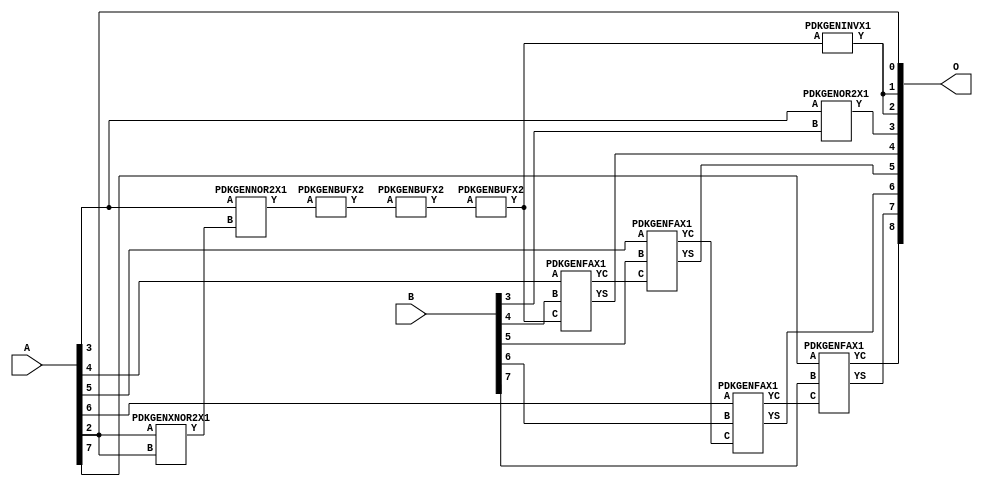
/***
* This code is a part of EvoApproxLib library (ehw.fit.vutbr.cz/approxlib) distributed under The MIT License.
* When used, please cite the following article(s): V. Mrazek, R. Hrbacek, Z. Vasicek and L. Sekanina, "EvoApprox8b: Library of approximate adders and multipliers for circuit design and benchmarking of approximation methods". Design, Automation & Test in Europe Conference & Exhibition (DATE), 2017, Lausanne, 2017, pp. 258-261. doi: 10.23919/DATE.2017.7926993 
* This file contains a circuit from a sub-set of pareto optimal circuits with respect to the pwr and mre parameters
***/
// MAE% = 0.78 %
// MAE = 4.0 
// WCE% = 2.93 %
// WCE = 15 
// WCRE% = 500.00 %
// EP% = 90.62 %
// MRE% = 2.08 %
// MSE = 27 
// PDK45_PWR = 0.014 mW
// PDK45_AREA = 37.1 um2
// PDK45_DELAY = 0.31 ns


module add8u_5G5(A, B, O);
  input [7:0] A;
  input [7:0] B;
  output [8:0] O;
  wire [2031:0] N;
  assign N[0] = A[0];
  assign N[1] = A[0];
  assign N[2] = A[1];
  assign N[3] = A[1];
  assign N[4] = A[2];
  assign N[5] = A[2];
  assign N[6] = A[3];
  assign N[7] = A[3];
  assign N[8] = A[4];
  assign N[9] = A[4];
  assign N[10] = A[5];
  assign N[11] = A[5];
  assign N[12] = A[6];
  assign N[13] = A[6];
  assign N[14] = A[7];
  assign N[15] = A[7];
  assign N[16] = B[0];
  assign N[17] = B[0];
  assign N[18] = B[1];
  assign N[19] = B[1];
  assign N[20] = B[2];
  assign N[21] = B[2];
  assign N[22] = B[3];
  assign N[23] = B[3];
  assign N[24] = B[4];
  assign N[25] = B[4];
  assign N[26] = B[5];
  assign N[27] = B[5];
  assign N[28] = B[6];
  assign N[29] = B[6];
  assign N[30] = B[7];
  assign N[31] = B[7];
  PDKGENXNOR2X1 n36(.A(N[4]), .B(N[4]), .Y(N[36]));
  PDKGENNOR2X1 n52(.A(N[6]), .B(N[36]), .Y(N[52]));
  PDKGENBUFX2 n66(.A(N[52]), .Y(N[66]));
  PDKGENBUFX2 n74(.A(N[66]), .Y(N[74]));
  assign N[75] = N[74];
  PDKGENBUFX2 n78(.A(N[75]), .Y(N[78]));
  assign N[79] = N[78];
  PDKGENINVX1 n126(.A(N[79]), .Y(N[126]));
  assign N[127] = N[126];
  PDKGENOR2X1 n182(.A(N[6]), .B(N[22]), .Y(N[182]));
  assign N[183] = N[182];
  PDKGENFAX1 n232(.A(N[8]), .B(N[24]), .C(N[78]), .YS(N[232]), .YC(N[233]));
  PDKGENFAX1 n282(.A(N[10]), .B(N[26]), .C(N[233]), .YS(N[282]), .YC(N[283]));
  PDKGENFAX1 n332(.A(N[12]), .B(N[28]), .C(N[283]), .YS(N[332]), .YC(N[333]));
  PDKGENFAX1 n382(.A(N[14]), .B(N[30]), .C(N[333]), .YS(N[382]), .YC(N[383]));
  assign O[0] = N[4];
  assign O[1] = N[126];
  assign O[2] = N[127];
  assign O[3] = N[183];
  assign O[4] = N[232];
  assign O[5] = N[282];
  assign O[6] = N[332];
  assign O[7] = N[382];
  assign O[8] = N[383];
endmodule


/* mod */
module PDKGENOR2X1(input A, input B, output Y );
     assign Y = A | B;
endmodule
/* mod */
module PDKGENINVX1(input A, output Y );
     assign Y = ~A;
endmodule
/* mod */
module PDKGENNOR2X1(input A, input B, output Y );
     assign Y = ~(A | B);
endmodule
/* mod */
module PDKGENFAX1( input A, input B, input C, output YS, output YC );
    assign YS = (A ^ B) ^ C;
    assign YC = (A & B) | (B & C) | (A & C);
endmodule
/* mod */
module PDKGENBUFX2(input A, output Y );
     assign Y = A;
endmodule
/* mod */
module PDKGENXNOR2X1(input A, input B, output Y );
     assign Y = ~(A ^ B);
endmodule